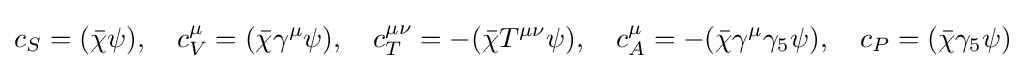
c_{S}=({\bar {\chi }}\psi ),\quad c_{V}^{\mu }=({\bar {\chi }}\gamma ^{\mu }\psi ),\quad c_{T}^{\mu \nu }=-({\bar {\chi }}T^{\mu \nu }\psi ),\quad c_{A}^{\mu }=-({\bar {\chi }}\gamma ^{\mu }\gamma _{5}\psi ),\quad c_{P}=({\bar {\chi }}\gamma _{5}\psi )